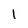
Character: 1